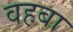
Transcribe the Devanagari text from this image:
वहबा